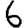
Digit: 6